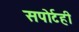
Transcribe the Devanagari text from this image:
सपोर्टही